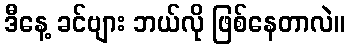
ဒီနေ့ ခင်ဗျား ဘယ်လို ဖြစ်နေတာလဲ။